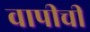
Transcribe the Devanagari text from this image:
वापीची